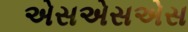
એસએસએસ